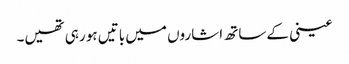
عینی کے ساتھ اشاروں میں باتیں ہو رہی تھیں۔